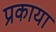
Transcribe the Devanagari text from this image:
प्रकाया